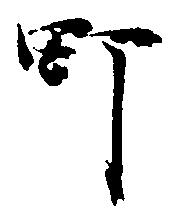
町